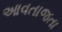
આવતાજતા